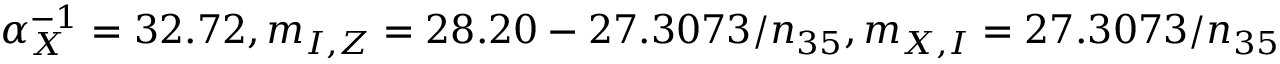
\alpha _ { X } ^ { - 1 } = 3 2 . 7 2 , m _ { I , Z } = 2 8 . 2 0 - 2 7 . 3 0 7 3 / n _ { 3 5 } , m _ { X , I } = 2 7 . 3 0 7 3 / n _ { 3 5 }